Malaria in the Punjab - Number 46
Disease focus: Malaria
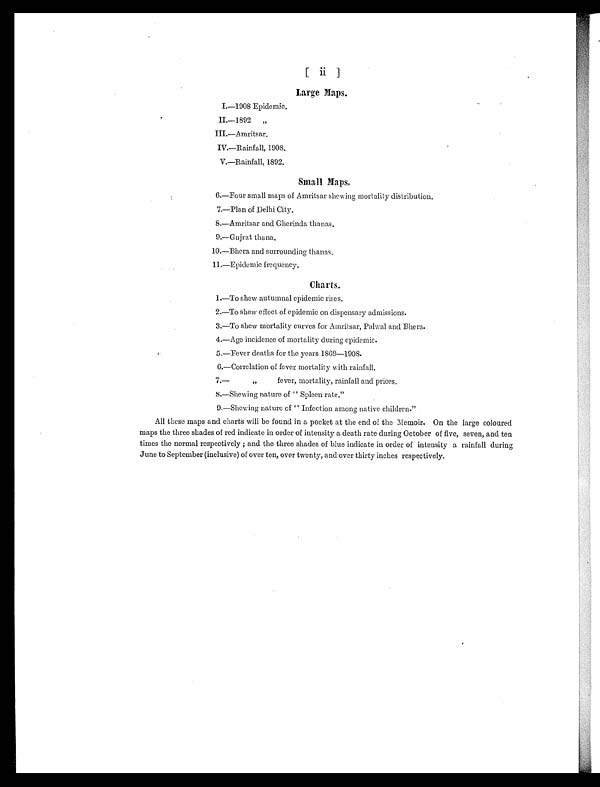
[ i i ]
Large Maps.
I . — 1 9 0 8 E p i d e m i c .
II.—1892 „
III.—Amritsar.
IV.—Rainfall, 1908.
V.—Rainfall, 1892.
Small Maps.
6. —Four smal l maps of Amri tsar sheavi ng mortal i ty di stri buti on.
7.—Plan of Delhi City.
8.—Amritsar and Gherinda thanas.
9.—Gujrat thana.
10.—Bhera and surrounding thanas.
11.—Epidemic frequency.
Charts.
1.—To shew autumnal epidemic rises.
2.—To show effect of epidemic on dispensary admissions.
3.—To show mortality curves for Amritsar, Pal al and Bhera.
4.—Age incidence of mortality during epidemic.
5.—Fever deaths for the years 1869—1908.
6.—Correlation of fever mortality with rainfall.
7.—,, fever, mortality, rainfall and prices.
8 . — S h e w i n g n a t u r e o f ' ' S p l e e n r a t e . "
9.—Shewing nature of " Infection among native children."
All these maps and charts will be found in a pocket at the end of the Memoir. On the large coloured
maps the three shades of red indicate in order of intensity a death rate during October of five, seven, and ten
times the normal respectively ; and the three shades of blue indicate in order of intensity a rainfall during
June to September (inclusive) of over ten, over twenty, and over thirty inches respectively.